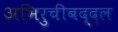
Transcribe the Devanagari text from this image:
अभिरुचीबद्दल